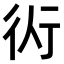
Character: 𧗟